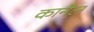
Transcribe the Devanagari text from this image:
कानेल